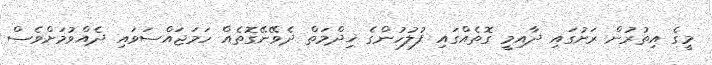
މީގެ އިތުރުން ރަށުގައި ދާއިމީ ގޮތެއްގައި ފުލުހުންގެ ޚިދްމަތް ދެވޭނޭގޮތެއް ހަމަޖައްސަވައި ދެއްވުމަށްވެސް